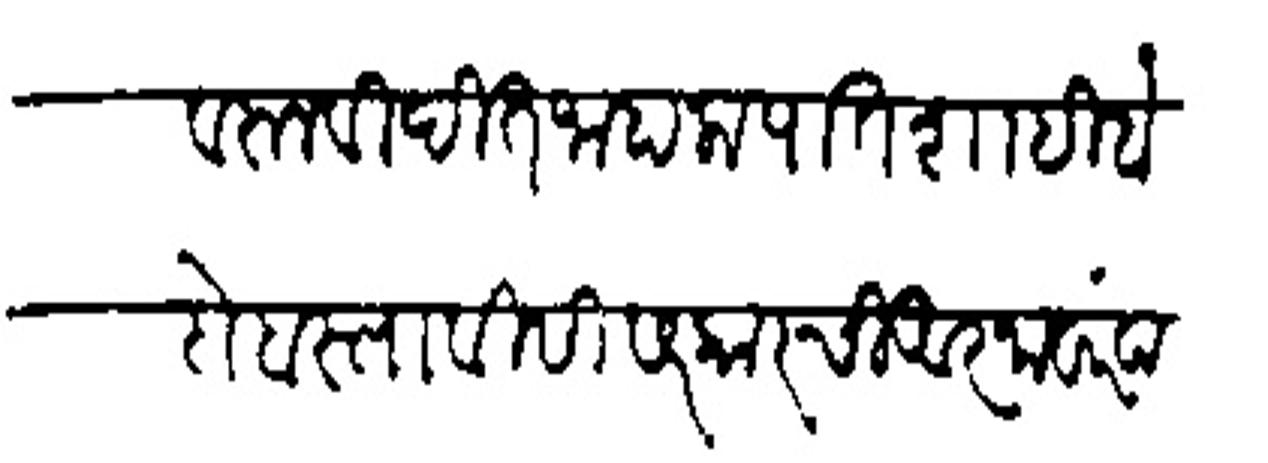
Transliteration (Devanagari): केल्यावरून विदित जाहाला पातशाही बंदोबस्ताविसी सरकारची आजा वारंवार